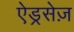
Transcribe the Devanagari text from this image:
ऐड्रसेज़